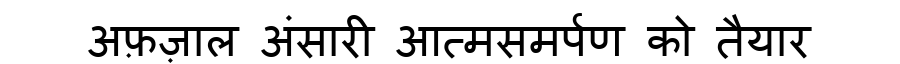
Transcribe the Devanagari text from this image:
अफ़ज़ाल अंसारी आत्मसमर्पण को तैयार